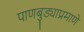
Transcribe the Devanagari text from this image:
पाणबुड्याप्रमाणे